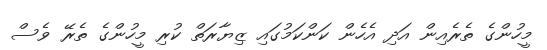
މީހުންގެ ތެރެއިން އަދި އެހެން ކަންކަމުގައި ޒިޔާރަތް ކުރި މީހުންގެ ތެރޭ ވެސް